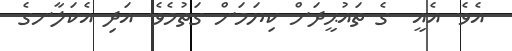
އެވެ. އެއީ  ގެ ތައުޙީދަށް ކިޔަމަން ގަތުމެވެ. އަދި އެކަލާނގެ